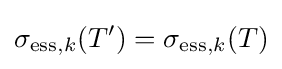
\sigma _{\mathrm {ess} ,k}(T')=\sigma _{\mathrm {ess} ,k}(T)